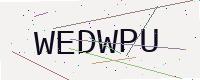
Text: WEDWPU